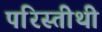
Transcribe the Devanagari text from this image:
परिस्तीथी